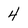
Character: 4